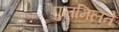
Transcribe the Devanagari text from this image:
घुलमिलते